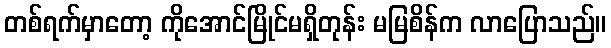
တစ်ရက်မှာတော့ ကိုအောင်မြိုင်မရှိတုန်း မမြစိန်က လာပြောသည်။